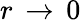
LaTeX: r\, \rightarrow\, 0